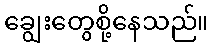
ချွေးတွေစို့နေသည်။